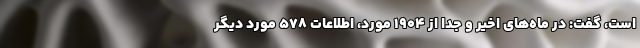
است، گفت: در ماه‌های اخیر و جدا از ۱۹۰۴ مورد، اطلاعات ۵۷۸ مورد دیگر